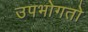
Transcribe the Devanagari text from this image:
उपभोगतो